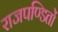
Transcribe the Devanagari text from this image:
राजपण्डितों